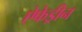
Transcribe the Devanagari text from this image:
ऐफेड्रीन